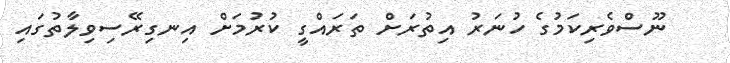
ނޫސްވެރިކަމުގެ ހުނަރު އިތުރަށް ތަރައްގީ ކުރުމަށް އިނގިރޭސިވިލާތުގައި